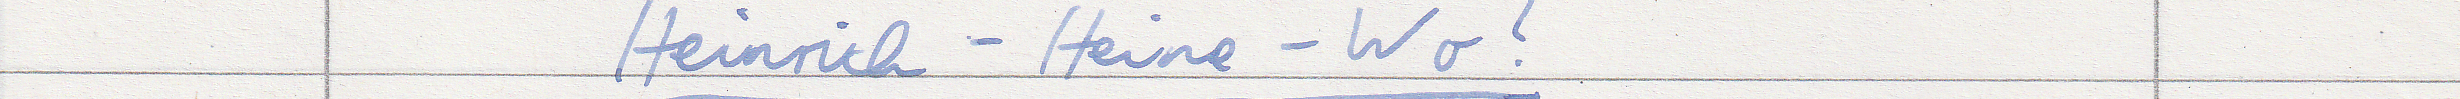
Heinrich - Heine - Wo?